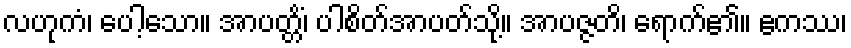
လဟုကံ၊ ပေါ့သော။ အာပတ္တိံ၊ ပါစိတ်အာပတ်သို့။ အာပဇ္ဇတိ၊ ရောက်၏။ ဧကဿ၊